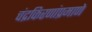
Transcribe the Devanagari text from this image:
चंद्रकिरणांप्रमाणे